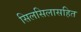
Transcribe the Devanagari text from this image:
सिलसिलासहित